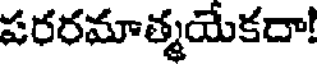
పరరమాత్మయేకదా!